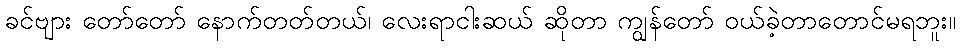
ခင်ဗျား တော်တော် နောက်တတ်တယ်၊ လေးရာငါးဆယ် ဆိုတာ ကျွန်တော် ဝယ်ခဲ့တာတောင်မရဘူး။